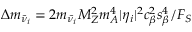
\Delta m _ { \tilde { \nu } _ { i } } = 2 m _ { \tilde { \nu } _ { i } } M _ { Z } ^ { 2 } m _ { A } ^ { 4 } | \eta _ { i } | ^ { 2 } c _ { \beta } ^ { 2 } s _ { \beta } ^ { 4 } / F _ { S }